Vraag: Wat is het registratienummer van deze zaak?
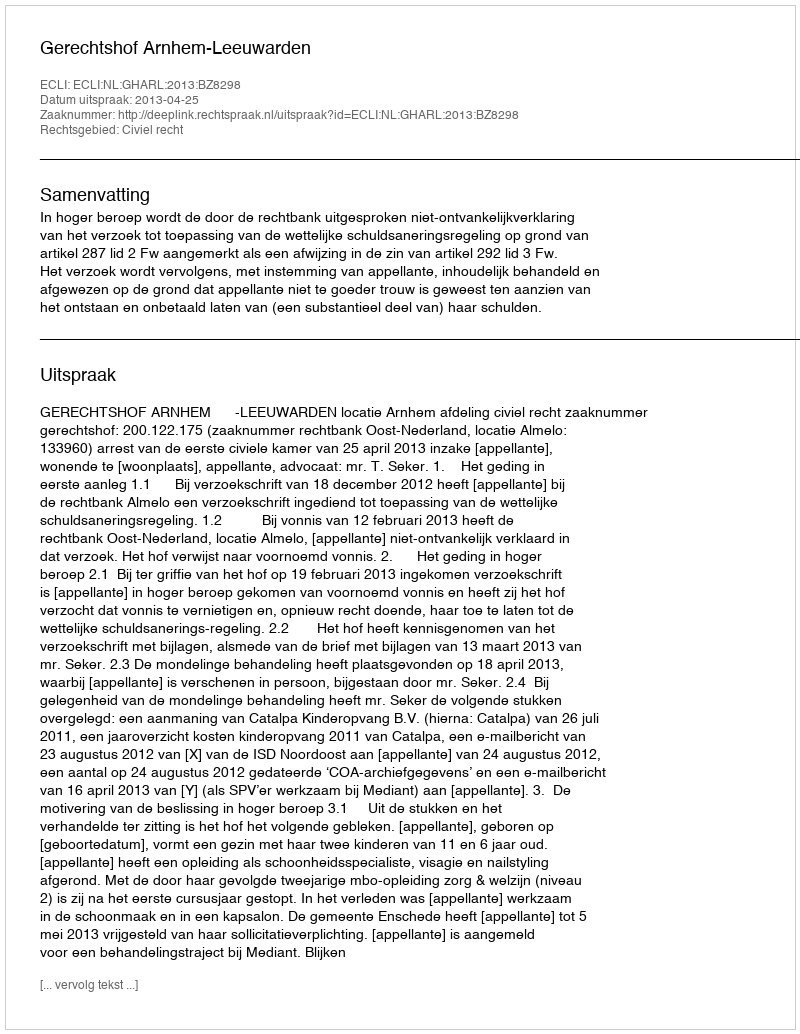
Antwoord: http://deeplink.rechtspraak.nl/uitspraak?id=ECLI:NL:GHARL:2013:BZ8298